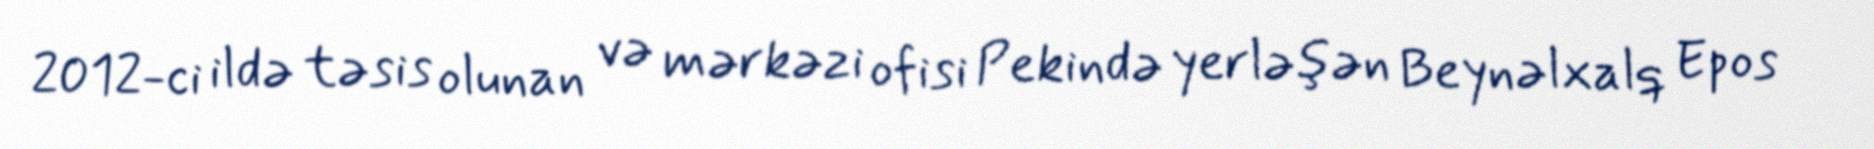
2012-ci ildə təsis olunan və mərkəzi ofisi Pekində yerləşən Beynəlxalq Epos